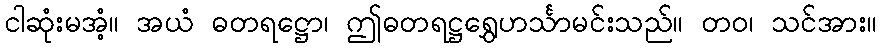
ငါဆုံးမအံ့။ အယံ ဓတရဋ္ဌော၊ ဤဓတရဋ္ဌရွှေဟင်္သာမင်းသည်။ တဝ၊ သင်အား။